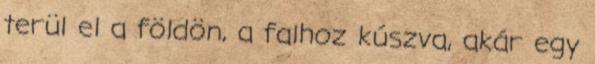
terül el a földön, a falhoz kúszva, akár egy